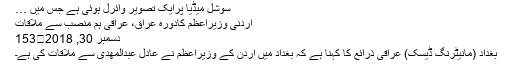
سوشل میڈیا پرایک تصویر وائرل ہوئی ہے جس میں …
اردنی وزیراعظم کادورہ عراق، عراقی ہم منصب سے ملاقات
دسمبر 30, 2018	153
بغداد (مانیٹرنگ ڈیسک) عراقی ذرائع کا کہنا ہے کہ بغداد میں اردن کے وزیراعظم نے عادل عبدالمهدی سے ملاقات کی ہے۔